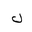
Letter: _lam